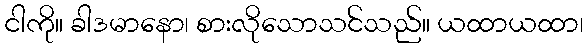
ငါကို။ ခါဒမာနော၊ စားလိုသောသင်သည်။ ယထာယထာ၊